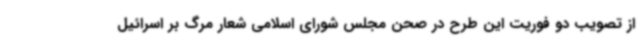
از تصویب دو فوریت این طرح در صحن مجلس شورای اسلامی شعار مرگ بر اسرائیل